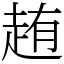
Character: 䞥